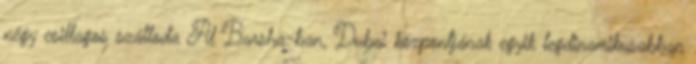
négy csillagos szálloda Al Barsha-ban, Dubai központjának egyik legdinamikusabban